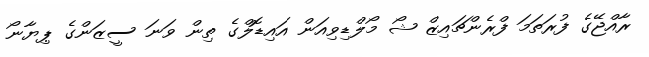
ރާއްޖޭގެ ފުރަތަމަ ފްރެންޗައިޒް ޝޯ މޯލްޑިވިއަން އައިޑޮލްގެ ތިން ވަނަ ސީޒަންގެ ޕިޔާނޯ